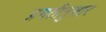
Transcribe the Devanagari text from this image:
प्रगतीनुसार